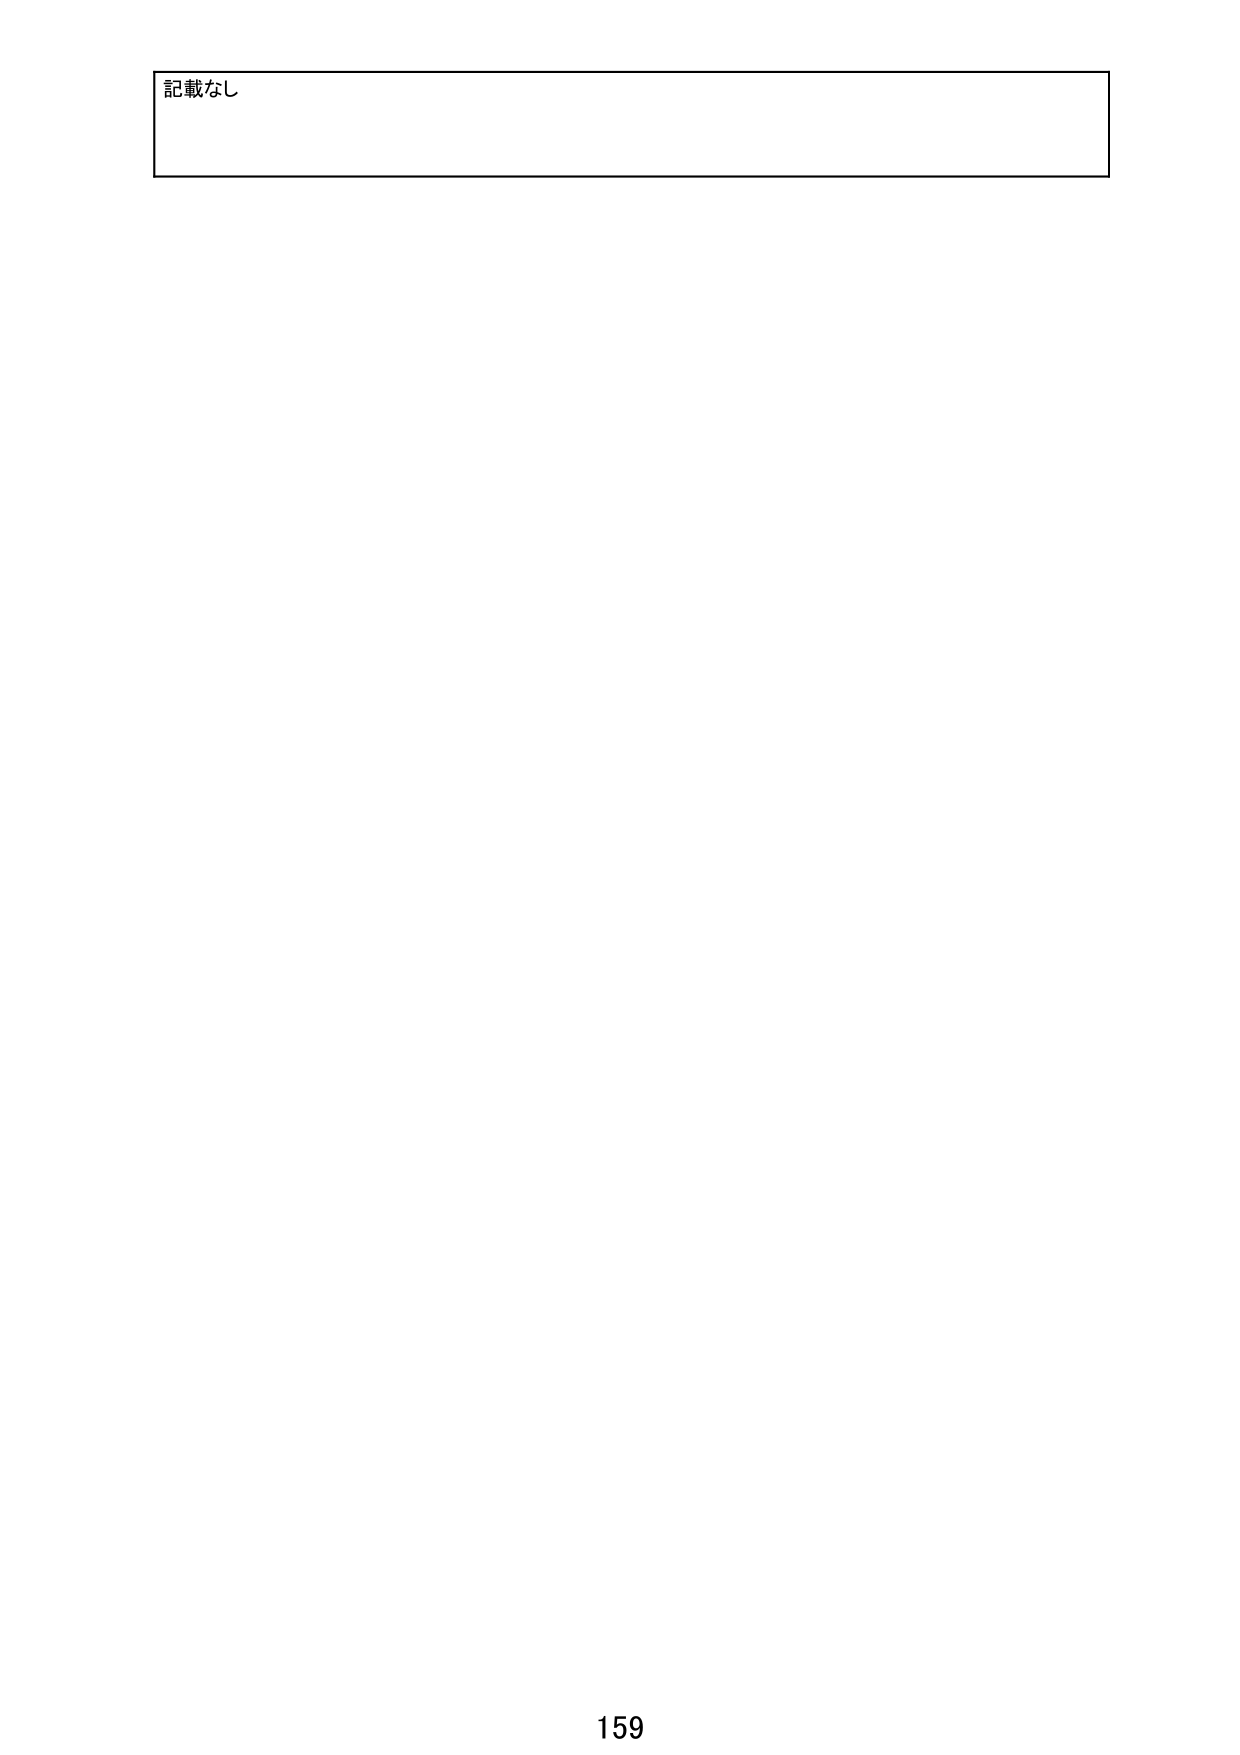
記載なし
159